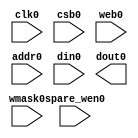
/// sta-blackbox
// OpenRAM SRAM model
// Words: 16
// Word size: 8
// Write size: 2

module sky130_sram_1rw_tiny(
`ifdef USE_POWER_PINS
    vccd1,
    vssd1,
`endif
// Port 0: RW
    clk0,csb0,web0,wmask0,spare_wen0,addr0,din0,dout0
  );

  parameter NUM_WMASKS = 4 ;
  parameter DATA_WIDTH = 9 ;
  parameter ADDR_WIDTH = 5 ;
  parameter RAM_DEPTH = 1 << ADDR_WIDTH;
  // FIXME: This delay is arbitrary.
  parameter DELAY = 3 ;
  parameter VERBOSE = 1 ; //Set to 0 to only display warnings
  parameter T_HOLD = 1 ; //Delay to hold dout value after posedge. Value is arbitrary

`ifdef USE_POWER_PINS
    inout vccd1;
    inout vssd1;
`endif
  input  clk0; // clock
  input   csb0; // active low chip select
  input  web0; // active low write control
  input [ADDR_WIDTH-1:0]  addr0;
  input [NUM_WMASKS-1:0]   wmask0; // write mask
  input           spare_wen0; // spare mask
  input [DATA_WIDTH-1:0]  din0;
  output [DATA_WIDTH-1:0] dout0;
  reg [DATA_WIDTH-1:0]  dout0;

endmodule